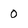
Character: 0